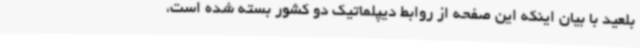
بلعید با بیان اینکه این صفحه از روابط دیپلماتیک دو کشور بسته شده است،